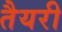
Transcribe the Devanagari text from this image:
तैयरी